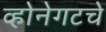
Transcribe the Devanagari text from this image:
व्होनेगटचे